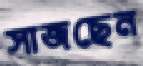
সাজছেন